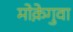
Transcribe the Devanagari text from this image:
मोक़ेगुवा